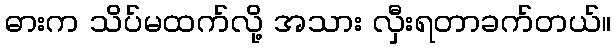
ဓားက သိပ်မထက်လို့ အသား လှီးရတာခက်တယ်။